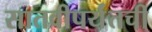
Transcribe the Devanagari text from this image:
सातवीपर्यंतची